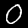
Label: 0